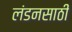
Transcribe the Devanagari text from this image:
लंडनसाठी